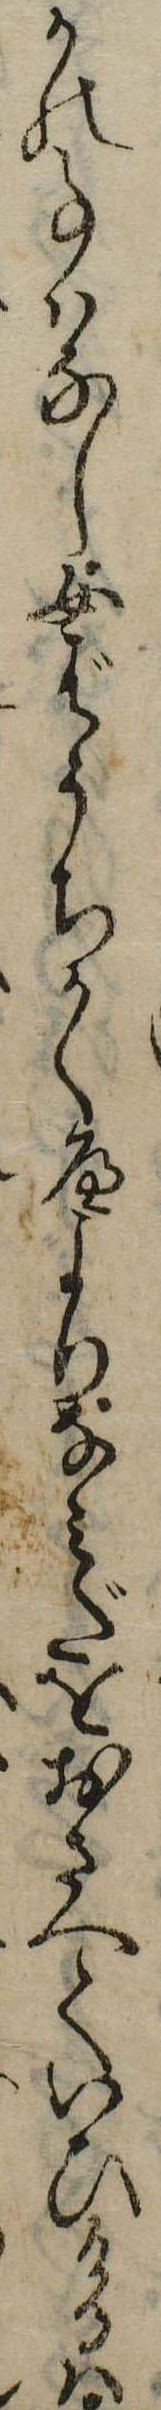
かの事はなし女ばうちかくへよりなみだをおさへていひけるは